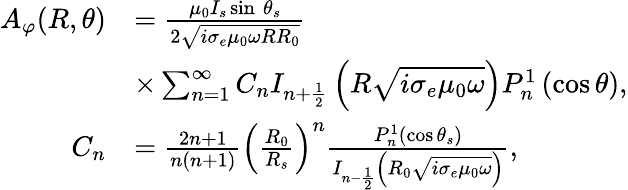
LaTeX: \begin{array}{rl}{A_{\varphi}(R,\theta)}&{=\frac{\mu_{0}I_{s}\sin\ \theta_{s}}{2\sqrt{i\sigma_{e}\mu_{0}\omega RR_{0}}}}\\ &{\times\sum_{n=1}^{\infty}C_{n}{I_{n+\frac{1}{2}}\left(R\sqrt{i\sigma_{e}\mu_{0}\omega}\right)P_{n}^{1}}\left(\cos\theta\right),}\\ {C_{n}}&{=\frac{2n+1}{n(n+1)}\left(\frac{R_{0}}{R_{s}}\right)^{n}\frac{P_{n}^{1}\left(\cos\theta_{s}\right)}{I_{n-\frac{1}{2}}\left(R_{0}\sqrt{i\sigma_{e}\mu_{0}\omega}\right)},}\end{array}